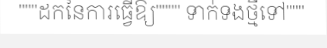
"""ដកនៃការធ្វើឱ្យ"""" ទាក់ទងថ្មីទៅ"""